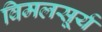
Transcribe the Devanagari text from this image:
विमलसूर्य